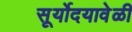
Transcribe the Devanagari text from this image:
सूर्योदयावेळी